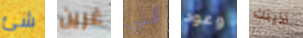
شئ غرين أنني وعود أذيتك